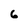
Character: 6